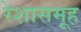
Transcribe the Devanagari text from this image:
रेशासमूह